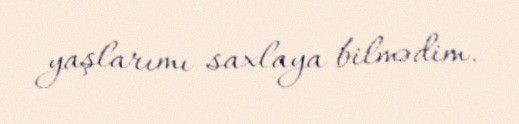
yaşlarımı saxlaya bilmədim.